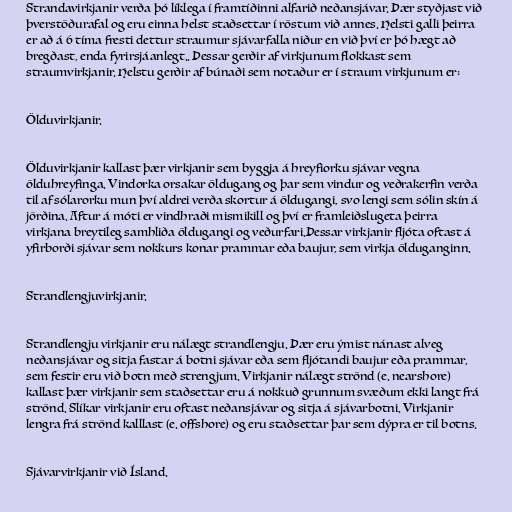
Strandavirkjanir verða þó líklega í framtíðinni alfarið neðansjávar. Þær styðjast við
þverstöðurafal og eru einna helst staðsettar í röstum við annes. Helsti galli þeirra
er að á 6 tíma fresti dettur straumur sjávarfalla niður en við því er þó hægt að
bregðast, enda fyrirsjáanlegt.. Þessar gerðir af virkjunum flokkast sem
straumvirkjanir. Helstu gerðir af búnaði sem notaður er í straum virkjunum er:

Ölduvirkjanir.

Ölduvirkjanir kallast þær virkjanir sem byggja á hreyfiorku sjávar vegna
ölduhreyfinga. Vindorka orsakar öldugang og þar sem vindur og veðrakerfin verða
til af sólarorku mun því aldrei verða skortur á öldugangi, svo lengi sem sólin skín á
jörðina. Aftur á móti er vindhraði mismikill og því er framleiðslugeta þeirra
virkjana breytileg samhliða öldugangi og veðurfari.Þessar virkjanir fljóta oftast á
yfirborði sjávar sem nokkurs konar prammar eða baujur, sem virkja ölduganginn.

Strandlengjuvirkjanir.

Strandlengju virkjanir eru nálægt strandlengju. Þær eru ýmist nánast alveg
neðansjávar og sitja fastar á botni sjávar eða sem fljótandi baujur eða prammar,
sem festir eru við botn með strengjum. Virkjanir nálægt strönd (e. nearshore)
kallast þær virkjanir sem staðsettar eru á nokkuð grunnum svæðum ekki langt frá
strönd. Slíkar virkjanir eru oftast neðansjávar og sitja á sjávarbotni. Virkjanir
lengra frá strönd kalllast (e. offshore) og eru staðsettar þar sem dýpra er til botns.

Sjávarvirkjanir við Ísland.